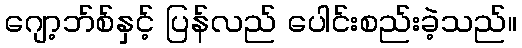
ဂျော့ဘ်စ်နှင့် ပြန်လည် ပေါင်းစည်းခဲ့သည်။